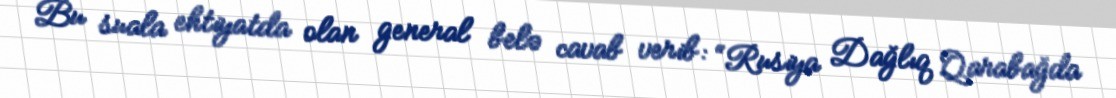
Bu suala ehtiyatda olan general belə cavab verib: “Rusiya Dağlıq Qarabağda